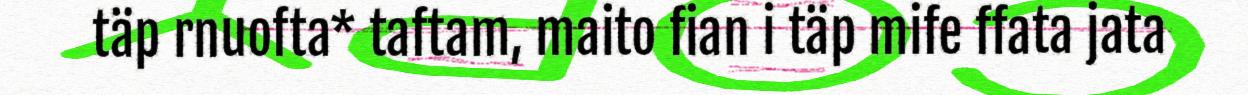
täp rnuofta* taftam, maito fian i täp mife ffata jata